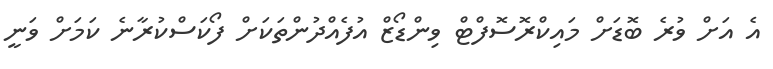
އެ އަށް ވުރެ ބޮޑަށް މައިކްރޮސޮފްޓް ވިންޑޯޒް އުފެއްދުންތަކަށް ފޯކަސްކުރާނެ ކަމަށް ވަނީ